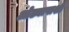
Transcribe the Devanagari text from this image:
ओढ्यापाशी